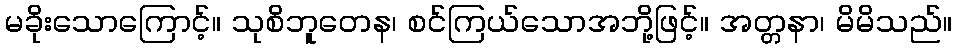
မခိုးသောကြောင့်။ သုစိဘူတေန၊ စင်ကြယ်သောအဘို့ဖြင့်။ အတ္တနာ၊ မိမိသည်။